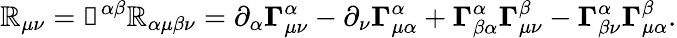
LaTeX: \mathbb{R}_{\mu\nu}=\mathbb{g}^{\alpha\beta}\mathbb{R}_{\alpha\mu\beta\nu}=\partial_{\alpha}\mathbb{\Gamma}_{\mu\nu}^{\alpha}-\partial_{\nu}\mathbb{\Gamma}_{\mu\alpha}^{\alpha}+\mathbb{\Gamma}_{\beta\alpha}^{\alpha}\mathbb{\Gamma}_{\mu\nu}^{\beta}-\mathbb{\Gamma}_{\beta\nu}^{\alpha}\mathbb{\Gamma}_{\mu\alpha}^{\beta}.